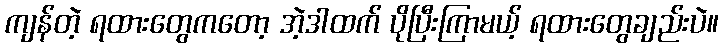
ကျန်တဲ့ ရထားတွေကတော့ အဲ့ဒါထက် ပိုပြီးကြာမယ့် ရထားတွေချည်းပဲ။